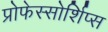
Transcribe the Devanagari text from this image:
प्रोफेस्सोर्शिप्स